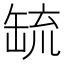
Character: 𦈷